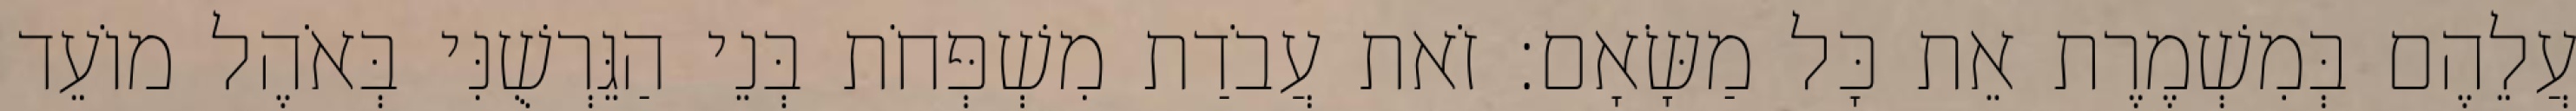
עֲלֵהֶם בְּמִשְׁמֶרֶת אֵת כָּל מַשָּׂאָם׃ זֹאת עֲבֹדַת מִשְׁפְּחֹת בְּנֵי הַגֵּרְשֻׁנִּי בְּאֹהֶל מוֹעֵד